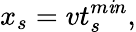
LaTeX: x_{s}=vt_{s}^{m\mathit{i}n},